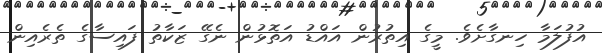
އުފުލަމާ ހިނގާށެވެ. މީގެ އިތުރުން އައްޑު އަތޮޅުން ނެގޭ ޒަކާތު ފައިސާގެ ތެރެއިން